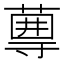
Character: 𡭆